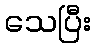
သေပြီး